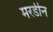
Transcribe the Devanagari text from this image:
मरडीन